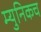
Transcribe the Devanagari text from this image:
म्युनिकच